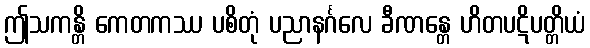
ဤသကန္တိ ကေတကဿ ပစိတုံ ပညာနင်္ဂလေ ခီဏန္တေ ဟိတပဋိပတ္တိယံ